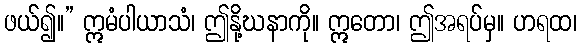
ဖယ်၍။” ဣမံပါယာသံ၊ ဤနို့ဃနာကို။ ဣတော၊ ဤအရပ်မှ။ ဟရထ၊